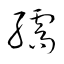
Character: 孺